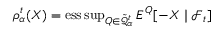
\rho _ { \alpha } ^ { t } ( X ) = \operatorname { e s s \operatorname* { s u p } } _ { Q \in { \tilde { \mathcal { Q } } } _ { \alpha } ^ { t } } E ^ { Q } [ - X \mid { \mathcal { F } } _ { t } ]